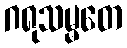
ဂရုသမ္မတေ